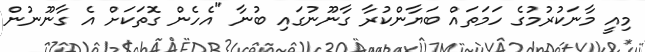
މިއީ މާނަކުރުމުގެ ހަމަތައް ބަޔާންކުރާ ގާނޫނުގައި ބުނާ "އެހެން ގޮތަކަށް އެ ގާނޫނުން